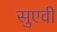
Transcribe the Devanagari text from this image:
सुएवी